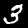
Label: 3